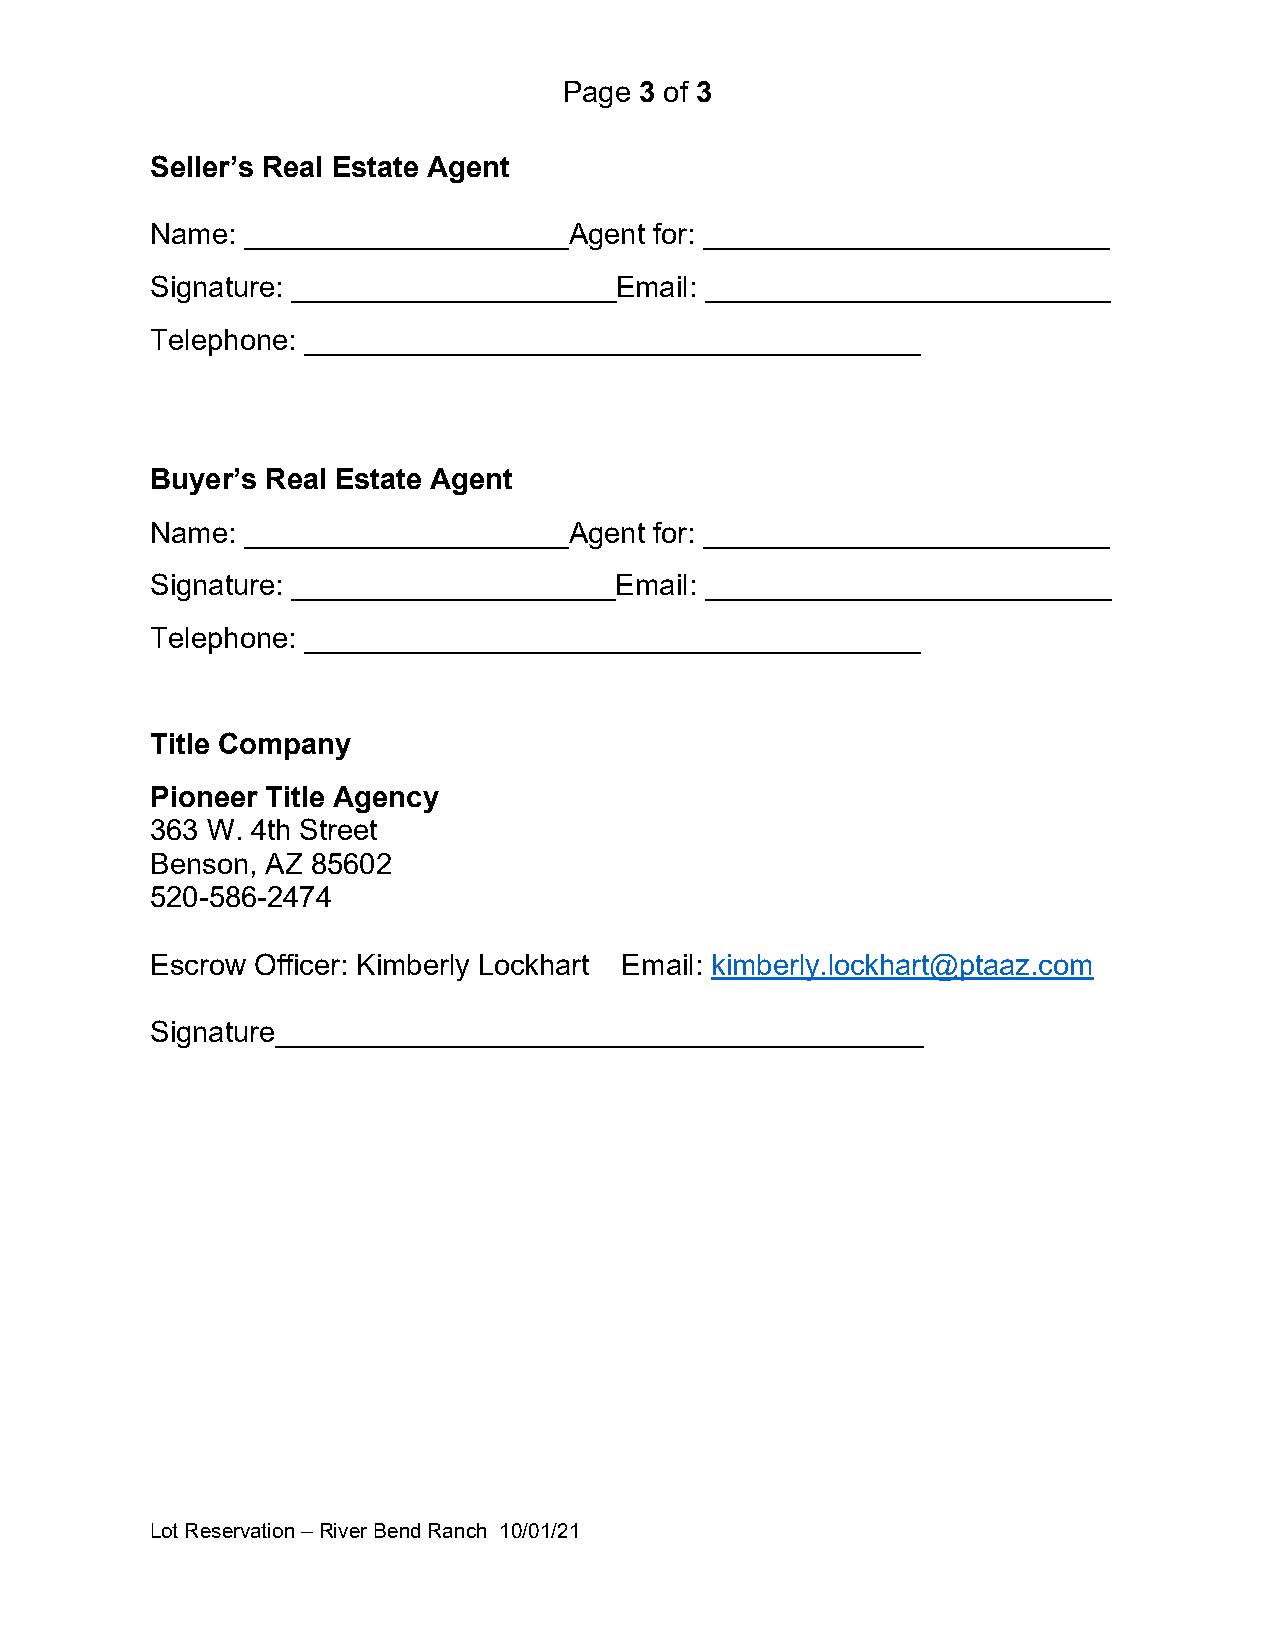
Page 3 of 3
 Seller’s Real Estate Agent
 Name: ____________________Agent  for: _________________________
 Signature: ____________________Email: _________________________
 Telephone: ______________________________________
 Buyer’s Real Estate Agent
 Name: ____________________Agent  for: _________________________
 Signature: ____________________Email: _________________________
 Telephone: ______________________________________
 Title Company
 Pioneer Title Agency
 363 W. 4th Street
 Benson, AZ 85602
 520-586-2474
 Escrow Officer: Kimberly Lockhart Email: kimberly.lockhart@ptaaz.com
 Signature________________________________________
 Lot Reservation – River Bend Ranch 10/01/21